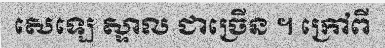
សេឡេ ស្ទាល ជាច្រើន ។ ក្រៅពី